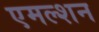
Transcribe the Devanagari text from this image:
एमल्शन